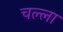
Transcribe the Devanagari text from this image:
चल्ला